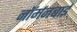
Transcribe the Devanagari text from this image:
नॉर्मनबाई